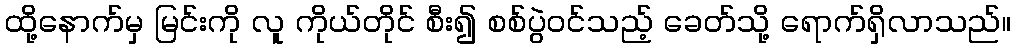
ထို့နောက်မှ မြင်းကို လူ ကိုယ်တိုင် စီး၍ စစ်ပွဲဝင်သည့် ခေတ်သို့ ရောက်ရှိလာသည်။